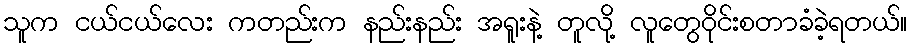
သူက ငယ်ငယ်လေး ကတည်းက နည်းနည်း အရူးနဲ့ တူလို့ လူတွေဝိုင်းစတာခံခဲ့ရတယ်။